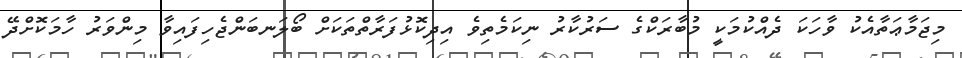
މިޖަމާޢަތާއެކު ވާހަކަ ދެއްކުމަކީ މުބާރަކްގެ ސަރުކާރު ނިކަމެތިވެ އިދިކޮޅުފަރާތްތަކަށް ބޯލަނބަންޖެހިފައިވާ މިންވަރު ހާމަކޮށްދޭ